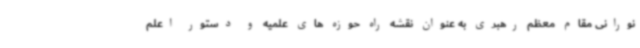
نورانی مقام معظم رهبری به عنوان نقشه راه حوزه های علمیه و دستور اعلم